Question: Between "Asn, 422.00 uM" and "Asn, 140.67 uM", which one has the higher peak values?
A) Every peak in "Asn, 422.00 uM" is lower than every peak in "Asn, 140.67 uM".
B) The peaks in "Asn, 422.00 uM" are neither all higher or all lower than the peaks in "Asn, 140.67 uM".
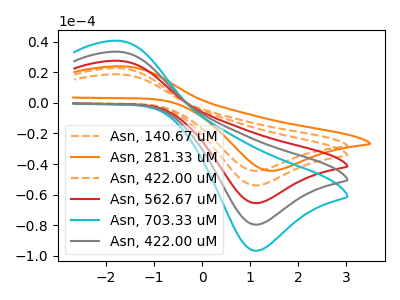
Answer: <think>The orange dashed curve "Asn, 140.67 uM" has an anodic peak at (-1.75V, 22.65uA) and a cathodic peak at (1.10V, -53.90uA). The orange curve "Asn, 281.33 uM" has an anodic peak at (-1.65V, 23.85uA) and a cathodic peak at (1.40V, -44.35uA). The orange dashed curve "Asn, 422.00 uM" has an anodic peak at (-1.75V, 18.65uA) and a cathodic peak at (1.10V, -44.35uA). The red curve "Asn, 562.67 uM" has an anodic peak at (-1.75V, 45.25uA) and a cathodic peak at (1.10V, -107.75uA). The cyan curve "Asn, 703.33 uM" has an anodic peak at (-1.75V, 90.50uA) and a cathodic peak at (1.10V, -215.55uA). The gray curve "Asn, 422.00 uM" has an anodic peak at (-1.75V, 67.90uA) and a cathodic peak at (1.10V, -161.65uA).</think>
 <answer>A) Every peak in "Asn, 422.00 uM" is lower than every peak in "Asn, 140.67 uM".</answer>
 <eval>A</eval>